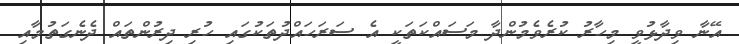
އޭނާ ވިދާޅުވީ މިހާރު ކުރެވެމުންދާ މަސައްކަތަކީ އެ ސަރަހައްދުތަކުގައި ހުރި ދިރުންތައް ދެނެގަތުމާއި